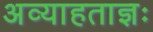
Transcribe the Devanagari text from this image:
अव्याहताज्ञः